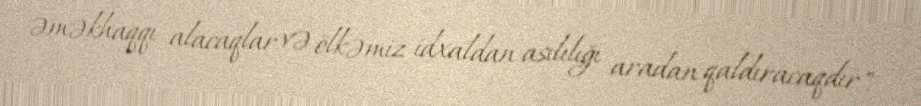
əməkhaqqı alacaqlar və ölkəmiz idxaldan asılılığı aradan qaldıracaqdır".